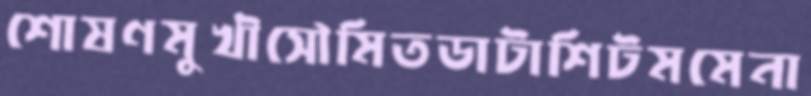
শোষণমুখীসৌমিতডাটাশিটমমেনা